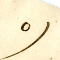
٥